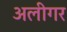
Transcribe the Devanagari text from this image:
अलीगर